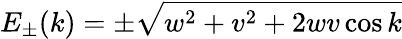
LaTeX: E_{\pm}(k)=\pm\sqrt{w^{2}+v^{2}+2wv\cos k}